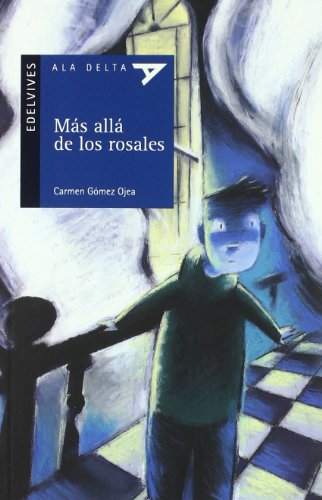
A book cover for Mas alla de los rosales / Beyond the rosebushes (Spanish Edition); Carmen Gomez Ojea; Teen & Young Adult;